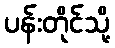
ပန်းတိုင်သို့